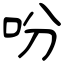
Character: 吩